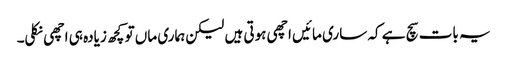
یہ بات سچ ہے کہ ساری مائیں اچھی ہوتی ہیں لیکن ہماری ماں تو کچھ زیادہ ہی اچھی نکلی۔